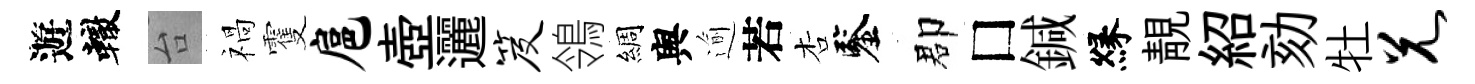
遊轍台禍䨥扈壺邐笈鴒綢舆逾若杏鑒郡□鍼縁靚紹劾牡兄